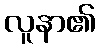
လူနာ၏